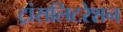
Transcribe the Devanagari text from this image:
ट्रांसलिटरेशन